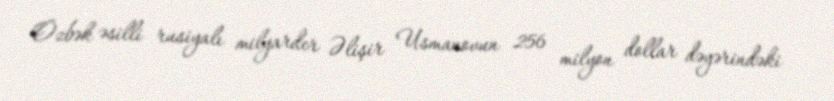
Özbək əsilli rusiyalı milyarder Əlişir Usmanovun 256 milyon dollar dəyərindəki